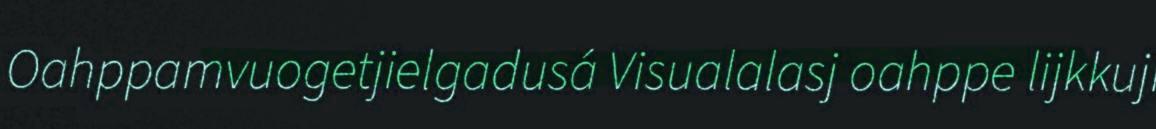
Oahppamvuogetjielgadusá Visualalasj oahppe lijkkuji